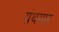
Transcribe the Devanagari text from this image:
ग्रंथगार